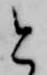
と